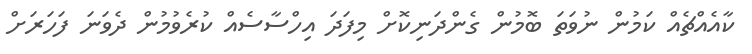
ކާއެއްޗެއް ކަމުން ނުވަތަ ބޮމުން ގެންދަނިކޮށް މިފަދަ އިހްސާސެއް ކުރެވުމުން ދެވަނަ ފަހަރަށް